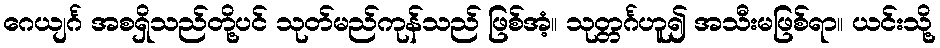
ဂေယျင်္ဂ အစရှိသည်တို့ပင် သုတ်မည်ကုန်သည် ဖြစ်အံ့။ သုတ္တင်္ဂဟူ၍ အသီးမဖြစ်ရာ။ ယင်းသို့